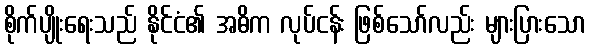
စိုက်ပျိုးရေးသည် နိုင်ငံ၏ အဓိက လုပ်ငန်း ဖြစ်သော်လည်း များပြားသော